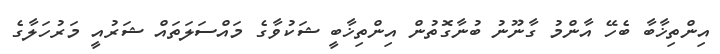
އިންތިޚާބާ ބެހޭ އާންމު ގާނޫނު ބުނާގޮތުން އިންތިޚާބީ ޝަކުވާގެ މައްސަލަތައް ޝަރުއީ މަރުހަލާގެ